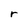
Character: r